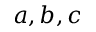
a , b , c